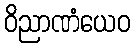
ဝိညာဏံယေဝ